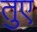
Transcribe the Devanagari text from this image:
तुए